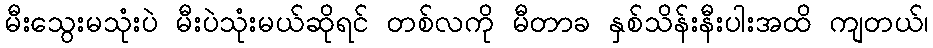
မီးသွေးမသုံးပဲ မီးပဲသုံးမယ်ဆိုရင် တစ်လကို မီတာခ နှစ်သိန်းနီးပါးအထိ ကျတယ်၊